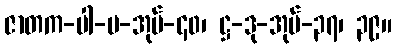
ဇာတက-ပါ-ပ-အုပ်-၄၀၊ ဋ္ဌ-ဒု-အုပ်-၃၇၊ ၃၉။